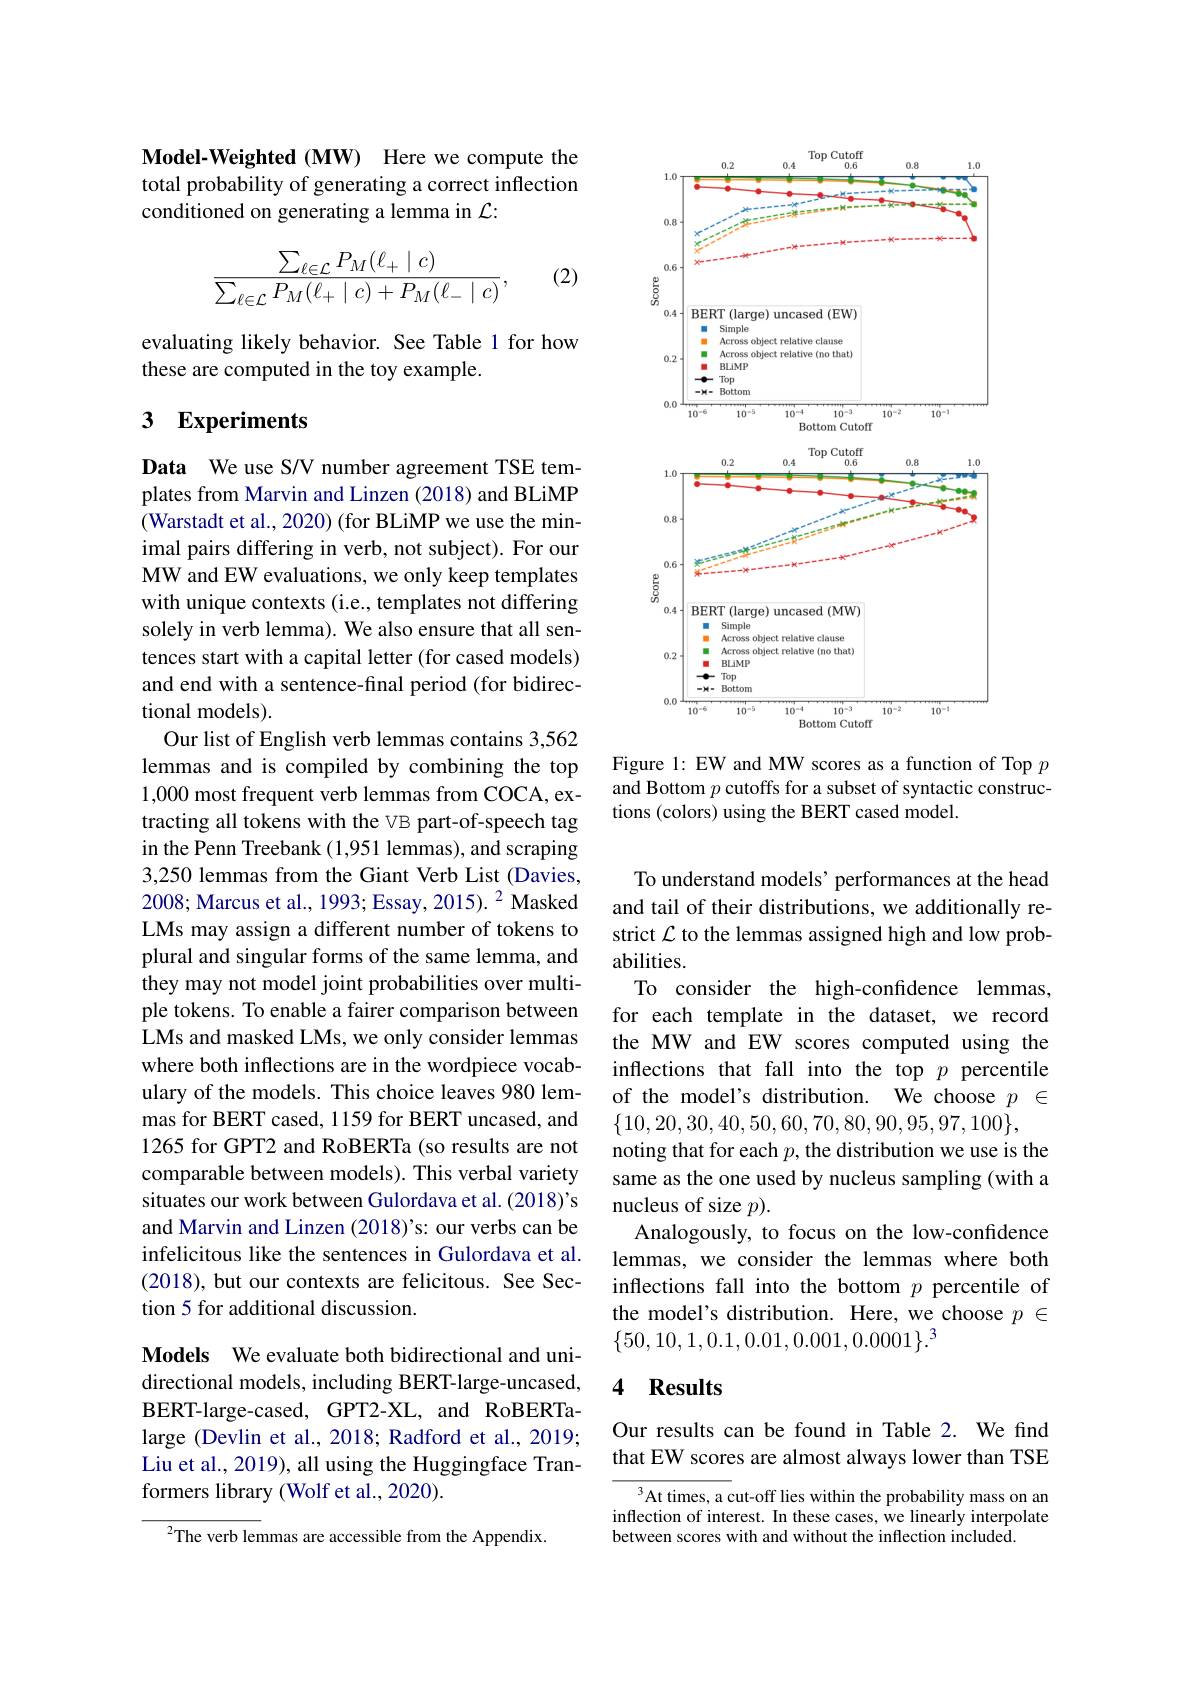
Model-Weighted (MW) Here we compute the total probability of generating a correct inflection conditioned on generating a lemma in $\mathcal{L}:$
$$\frac{\sum_{\ell\in\mathcal{L}}P_M(\ell_+\mid c)}{\sum_{\ell\in\mathcal{L}}P_M(\ell_+\mid c)+P_M(\ell_-\mid c)},$$
(2)

evaluating likely behavior. See Table 1 for how
these are computed in the toy example.

## 3 Experiments

Data We use S/V number agreement TSE templates from Marvin and Linzen (2018) and BLiMP (Warstadt et al., 2020) (for BLiMP we use the minimal pairs differing in verb, not subject). For our MW and EW evaluations, we only keep templates with unique contexts (i.e., templates not differing solely in verb lemma). We also ensure that all sentences start with a capital letter (for cased models) and end with a sentence-final period (for bidirectional models).
Our list of English verb lemmas contains 3,562 lemmas and is compiled by combining the top 1,000 most frequent verb lemmas from COCA, extracting all tokens with the VB part-of-speech tag in the Penn Treebank (1,951 lemmas), and scraping 3,250 lemmas from the Giant Verb List (Davies, 2008; Marcus et al., 1993; Essay, 2015). $^{2}$ Masked LMs may assign a different number of tokens to plural and singular forms of the same lemma, and they may not model joint probabilities over multiple tokens. To enable a fairer comparison between LMs and masked LMs, we only consider lemmas where both inflections are in the wordpiece vocabulary of the models. This choice leaves 980 lemmas for BERT cased, 1159 for BERT uncased, and 1265 for GPT2 and RoBERTa (so results are not comparable between models). This verbal variety situates our work between Gulordava et al. (2018)'s and Marvin and Linzen (2018)'s: our verbs can be infelicitous like the sentences in Gulordava et al. (2018), but our contexts are felicitous. See Section 5 for additional discussion.

Models We evaluate both bidirectional and unidirectional models, including BERT-large-uncased, BERT-large-cased, GPT2-XL, and RoBERTalarge (Devlin et al., 2018; Radford et al., 2019; Liu et al., 2019), all using the Huggingface Tranformers library (Wolf et al., 2020).

$^{2}$The verb lemmas are accessible from the Appendix.

<FigureHere>
Figure 1: EW and MW scores as a function of Top $p$

and Bottom $p$ cutoffs for a subset of syntactic construc-
tions (colors) using the BERT cased model.

To understand models' performances at the head and tail of their distributions, we additionally restrict $\mathcal{L}$ to the lemmas assigned high and low probabilities.
To consider the high-confidence lemmas, for each template in the dataset, we record the MW and EW scores computed using the inflections that fall into the top $p$ percentile of the model's distribution. We choose $p\in$ $\{10,20,30,40,50,60,70,80,90,95,97,100\}$,
noting that for each $p$, the distribution we use is the same as the one used by nucleus sampling (with a nucleus of size $p).$
Analogously, to focus on the low-confidence lemmas, we consider the lemmas where both inflections fall into the bottom $p$ percentile of the model's distribution. Here, we choose $p\in$ $\{50,10,1,0.1,0.01,0.001,0.0001\}.^3$

## 4 Results

Our results can be found in Table 2. We find that EW scores are almost always lower than TSE

$^{3}$At times, a cut-off lies within the probability mass on an inflection of interest. In these cases, we linearly interpolate between scores with and without the inflection included.